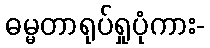
ဓမ္မတာရုပ်ရှုပုံကား-